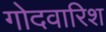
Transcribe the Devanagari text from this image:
गोदवारिश